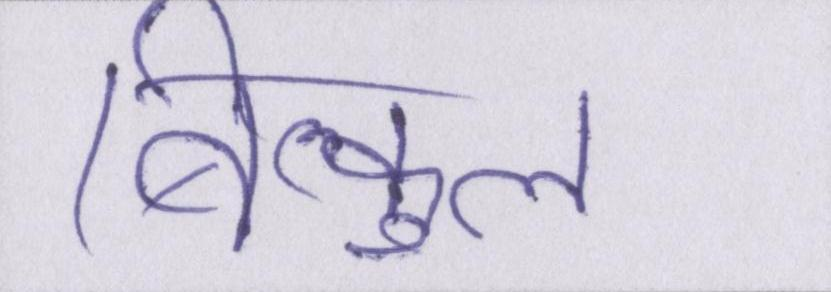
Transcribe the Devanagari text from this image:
बिल्कुल